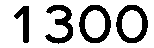
1300